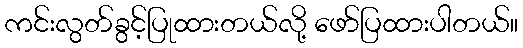
ကင်းလွတ်ခွင့်ပြုထားတယ်လို့ ဖော်ပြထားပါတယ်။